Supplement to the account of plague administration in the Bombay Presidency from September 1896 till May 1897
Year: 1896
Disease focus: Plague
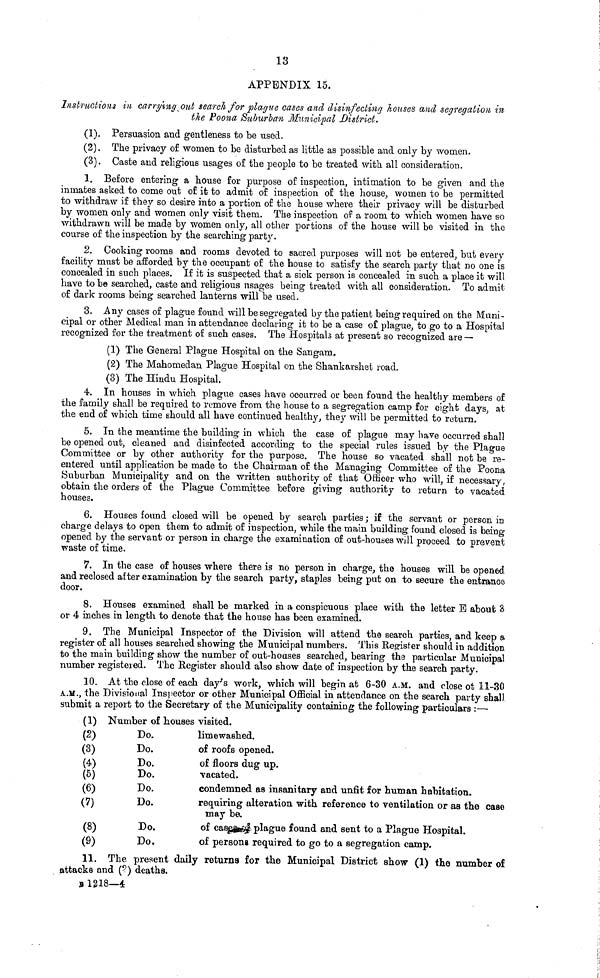
13
APPENDIX 15.
Instructions in carrying out search for plague cases and disinfecting houses and segregation in
the Poona Suburban Municipal District.
(1). Persuasion and gentleness to be used.
(2). The privacy of women to be disturbed as little as possible and only by women.
(3). Caste and religious usages of the people to be treated with, all consideration.
1. Before entering a house for purpose of inspection, intimation to be given and the
inmates asked to come out of it to admit of inspection of the house, women to be permitted
to withdraw if they so desire into a portion of the house where their privacy will be disturbed
by women only and women only visit them. The inspection oí a room to which women have so
withdrawn will be made by women only, all other portions of the house will be visited in the
course of the inspection by the searching party.
2. Cooking rooms and rooms devoted to sacred purposes will not be entered, but every
facility must be afforded by the occupant of the house to satisfy the search party that no one is
concealed in such places. If it is suspected that a sick person is concealed in such a place it will
have to be searched, caste and religious usages being treated with all consideration. To admit
of dark rooms being searched lanterns will be used.
3. Any cases of plague found will be segregated by the patient being required on the Muni-
cipal or other Medical man in attendance declaring it to be a case of plague, to go to a Hospital
recognized for the treatment of such cases. The Hospitals at present so recognized are —·
(1) The General Plague Hospital on the Sangam.
(2) The Mahomedan Plague Hospital on the Shankarshet road.
(3) The Hindu Hospital.
4. In houses in which plague cases have occurred or been found the healthy members of
the family shall be required to remove from the house to a segregation camp for eight days, at
the end of which time should all have continued healthy, they will be permitted to return.
5. In the meantime the building in which the case of plague may have occurred shall
be opened out, cleaned and disinfected according to the special rules issued by the Plague
Committee or by other authority for the purpose. The house so vacated shall not be re-
entered until application be made to the Chairman of the Managing Committee of the Poona
Suburban Municipality and on the written authority of that Officer who will, if necessary,
obtain the orders of the Plague Committee before giving authority to return to vacated
houses.
6. Houses found closed will be opened by search parties ; if the servant or person in
charge delays to open them to admit of inspection, while the main building found closed is being
opened by the servant or person in charge the examination of out-houses will proceed to prevent
waste of time.
7. In the case of houses where there is no person in charge, the houses will be opened
and reclosed after examination by the search party, staples being put on to secure the entrance
door.
8. Houses examined shall be marked in a conspicuous place with the letter B about 3
or 4 inches in length to denote that the house has been examined.
9. The Municipal Inspector of the Division will attend the search parties, and keep a
register of all houses searched showing the Municipal numbers. This Register should in addition,
to the main building show the number of out-hoases searched, bearing the particular Municipal
number registered. The Register should also show date of inspection by the search party.
10. At the close of each day's work, which will begin at 6-30 A.M. and close of 11-30
A.M., the Divisional Inspector or other Municipal Official in attendance on the search party shall
submit a report to the Secretary of the Municipality containing the following particulars :—
(1) Number of nouses visited.
(2)
Do.
limewashed,
(3)
Do.
of roofs opened.
(4)
Do.
of floors dug up.
(5)
Do.
vacated.
(6)
Do.
condemned as insanitary and unfit for human habitation.
(7)
Do.
requiring alteration with reference to ventilation or as the case
may be.
(8)
Do.
of cases plague found and sent to a Plague Hospital.
(9)
Do.
of persons required to go to a segregation camp.
11. The present daily returns for the Municipal District show (1) the number of
attacks and (?) deaths.
B 1218—4